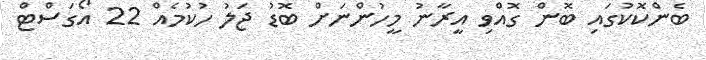
ބެންކޮކުގައި ބޮން ގޮއްވި އީރާނު މީހުންނަށް ބޮޑު ޖަލު ހުކުމެއް 22 އޯގަސްޓް